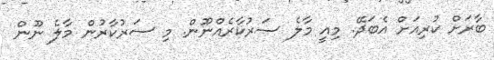
ބާރަށް ކުރިއަށް އެބަދޭ. މިއީ މާލެ ސަރުކާރެއްނޫން. މި ސަރުކާރުން މާލެ ނޫން